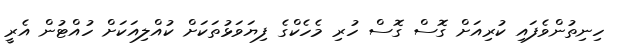
ހިނިތުންވެފައި ކުރިއަށް ގޮސް ގޮސް ހުރި މެހެކްގެ ފިޔަވަޅުތަކަށް ކުއްލިއަކަށް ހުއްޓުން އެރީ